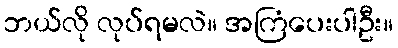
ဘယ်လို လုပ်ရမလဲ။ အကြံပေးပါဦး။